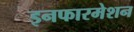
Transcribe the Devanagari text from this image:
इनफारमेशन